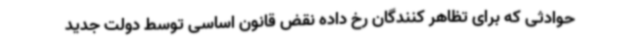
حوادثی که برای تظاهر کنندگان رخ داده نقض قانون اساسی توسط دولت جدید